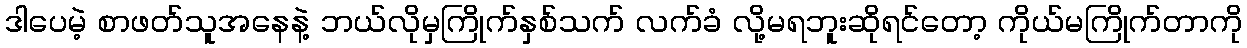
ဒါပေမဲ့ စာဖတ်သူအနေနဲ့ ဘယ်လိုမှကြိုက်နှစ်သက် လက်ခံ လို့မရဘူးဆိုရင်တော့ ကိုယ်မကြိုက်တာကို